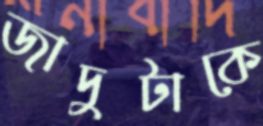
জাদুটাকে